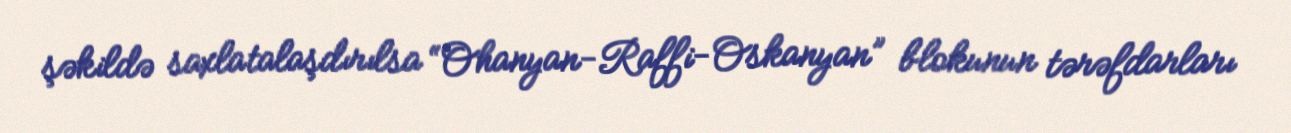
şəkildə saxlatalaşdırılsa “Ohanyan-Raffi-Oskanyan” blokunun tərəfdarları